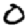
Digit: 0